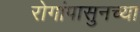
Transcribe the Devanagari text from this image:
रोगांपासुनच्या